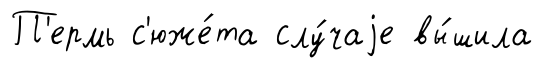
П'ермь с'юже́та слу́чаjе вы́шила